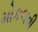
મોકલવી